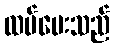
ထပ်မေးသည်